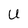
Character: U